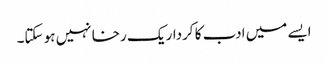
ایسے میں ادب کا کردار یک رخا نہیں ہو سکتا۔